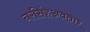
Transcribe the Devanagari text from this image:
नरसिंहअवतार